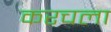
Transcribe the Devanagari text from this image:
करचला